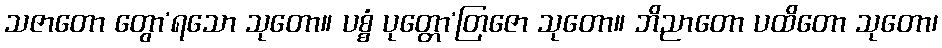
သဇာတော တွော’ရသော သုတော။ ပစ္စံ ပုတ္တော’တြဇော သုတော။ ဘိညာတော ပထိတော သုတော၊